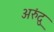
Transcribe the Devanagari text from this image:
अरुंदु